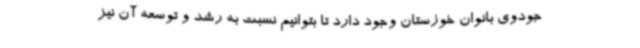
جودوی بانوان خوزستان وجود دارد تا بتوانیم نسبت به رشد و توسعه آن نیز